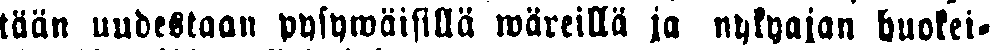
tään uudestaan pysywäisillä wäreilla ja nykyajan huokei-